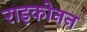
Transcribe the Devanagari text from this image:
राइकोनन